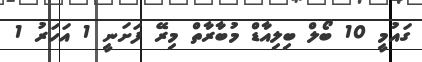
ގައުމީ 10 ބޯލް ބިލިއާޑް މުބާރާތް މިރޭ ފަށަނީ 1 އަހަރު 1